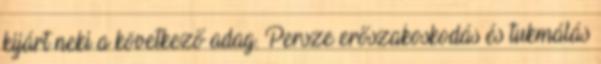
kijárt neki a következő adag. Persze erőszakoskodás és tukmálás